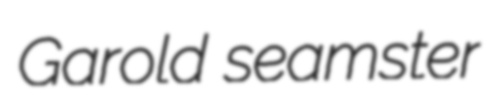
Garold seamster